Report of the King Institute of Preventive Medicine, Guindy
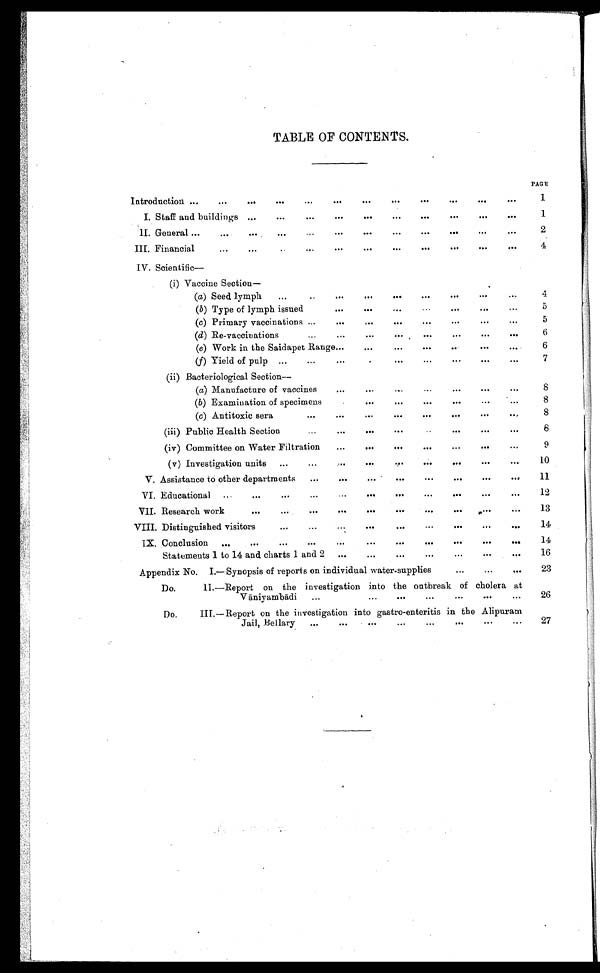
TABLE OF CONTENTS.
PAGE
Introduction . . .
1
I. Staff and buildings . . .
1
II. General . . .
2
III. Financial . . .
4
I V . S c i e n t i f i c —
(i) Vaccine Section—
(a) Seed lymph . . .
4
(
b
)
T y p e o f l y m p h i s s u e d
. . .
5
(c) Primary vaccinations . . .
5
6
(e) Work in the Saidapet Range . . .
6
(f) Yield of pulp
. . .
7
(ii) Bacteriological Section
—
(a) Manufacture of vaccines
. . .
8
( b ) Examination of specimens
. . .
8
(c) Antitoxic sera
. . .
8
( i i i ) P u b l i c H e a l t h S e c t i o n
. . .
8
(iv) Committee on Water Filtration
. . .
9
(v) Investigation units
. . .
10
V. Assistance to other departments
. . .
11
VI. Educational
. . .
12
VII. Research work
. . .
13
. . .
14
IX. Conclusion
. . .
14
Statements 1 to 14 and charts 1 and 2
. . .
16
A p p e n d i x N o .
I . — S y n o p s i s o f r e p o r t s o n i n d i v i d u a l w a t e r - s u p p l i e s
. . .
23
Do. II.—Report on the investigation into the out break of cholera at
Vā niyambādi . . .
26
Do. III.—Report on the investigation into gastro-enteritis in the Alipuram
Jail, Bellary . . .
27